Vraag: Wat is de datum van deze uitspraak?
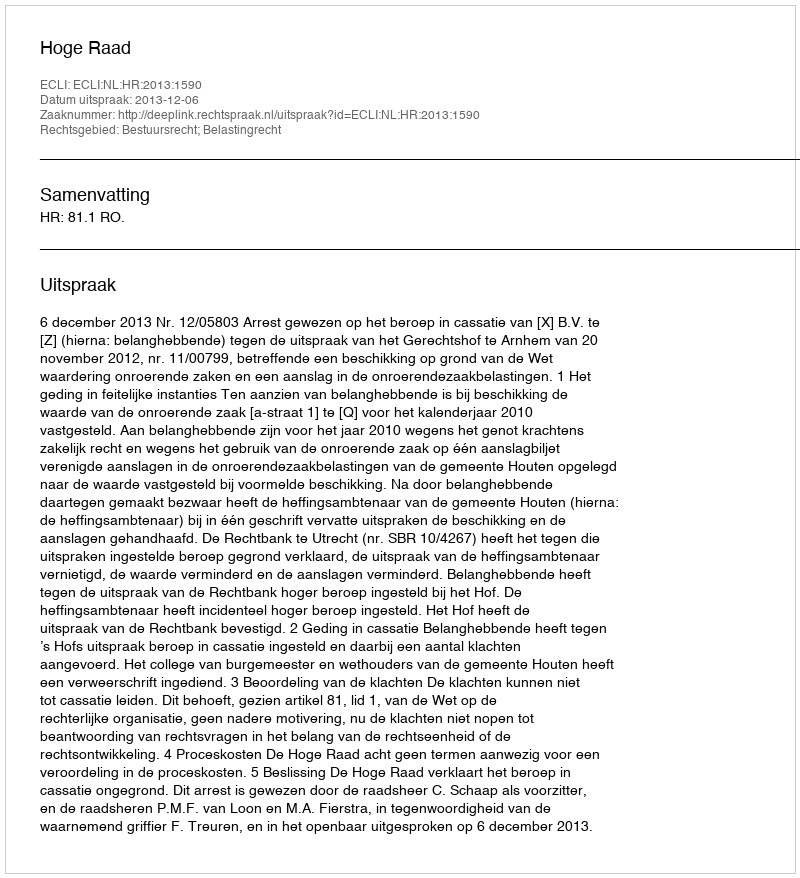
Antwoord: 2013-12-06